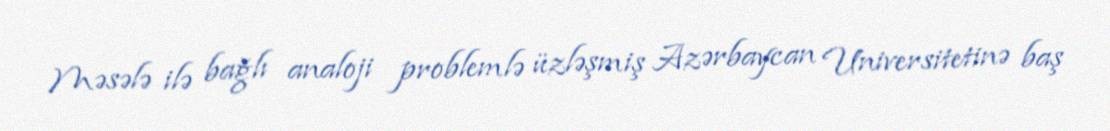
Məsələ ilə bağlı analoji problemlə üzləşmiş Azərbaycan Universitetinə baş